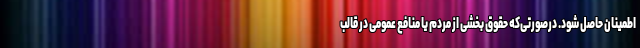
اطمینان حاصل شود. درصورتی‌که حقوق بخشی از مردم یا منافع عمومی در قالب